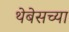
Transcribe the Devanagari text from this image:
थेबेसच्या